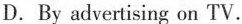
D.By advertising on TV.